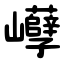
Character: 巕